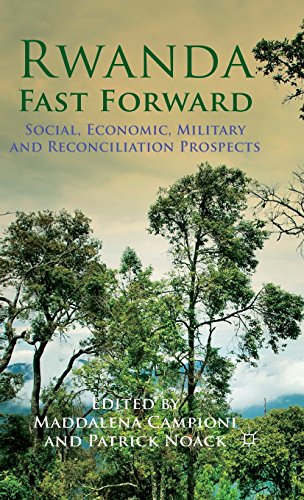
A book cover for Rwanda Fast Forward: Social, Economic, Military and Reconciliation Prospects; Travel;